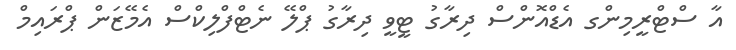
އާ ސްޓްރީމިންގ އެޑްއޮންސް ދިރާގު ޓީވީ ދިރާގު ޕްލޭ ނެޓްފްލިކްސް އެމޭޒަން ޕްރައިމް